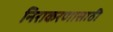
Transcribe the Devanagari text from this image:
निराकरणासाठी